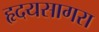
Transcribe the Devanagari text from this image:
हृदयसागरा